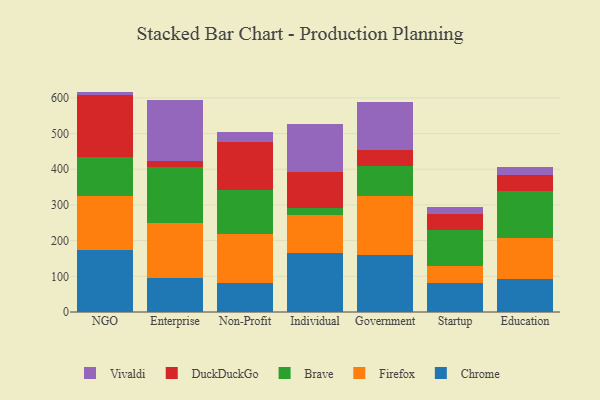
{"axis": {"x": "Segment", "y": "Demand Index"}, "legend": ["Brave", "Chrome", "DuckDuckGo", "Firefox", "Vivaldi"], "data": [{"x": "NGO", "y": 172.9, "type": "Chrome"}, {"x": "NGO", "y": 152.9, "type": "Firefox"}, {"x": "NGO", "y": 107.5, "type": "Brave"}, {"x": "NGO", "y": 175.0, "type": "DuckDuckGo"}, {"x": "NGO", "y": 9.2, "type": "Vivaldi"}, {"x": "Enterprise", "y": 94.5, "type": "Chrome"}, {"x": "Enterprise", "y": 155.1, "type": "Firefox"}, {"x": "Enterprise", "y": 156.9, "type": "Brave"}, {"x": "Enterprise", "y": 17.8, "type": "DuckDuckGo"}, {"x": "Enterprise", "y": 168.9, "type": "Vivaldi"}, {"x": "Non-Profit", "y": 80.3, "type": "Chrome"}, {"x": "Non-Profit", "y": 138.5, "type": "Firefox"}, {"x": "Non-Profit", "y": 124.1, "type": "Brave"}, {"x": "Non-Profit", "y": 133.5, "type": "DuckDuckGo"}, {"x": "Non-Profit", "y": 28.2, "type": "Vivaldi"}, {"x": "Individual", "y": 166.7, "type": "Chrome"}, {"x": "Individual", "y": 104.5, "type": "Firefox"}, {"x": "Individual", "y": 20.6, "type": "Brave"}, {"x": "Individual", "y": 101.7, "type": "DuckDuckGo"}, {"x": "Individual", "y": 133.2, "type": "Vivaldi"}, {"x": "Government", "y": 161.0, "type": "Chrome"}, {"x": "Government", "y": 163.3, "type": "Firefox"}, {"x": "Government", "y": 84.3, "type": "Brave"}, {"x": "Government", "y": 44.5, "type": "DuckDuckGo"}, {"x": "Government", "y": 136.0, "type": "Vivaldi"}, {"x": "Startup", "y": 81.2, "type": "Chrome"}, {"x": "Startup", "y": 48.8, "type": "Firefox"}, {"x": "Startup", "y": 99.5, "type": "Brave"}, {"x": "Startup", "y": 46.2, "type": "DuckDuckGo"}, {"x": "Startup", "y": 18.6, "type": "Vivaldi"}, {"x": "Education", "y": 93.4, "type": "Chrome"}, {"x": "Education", "y": 112.6, "type": "Firefox"}, {"x": "Education", "y": 134.4, "type": "Brave"}, {"x": "Education", "y": 42.1, "type": "DuckDuckGo"}, {"x": "Education", "y": 24.3, "type": "Vivaldi"}]}